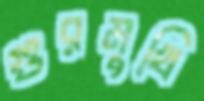
গুরমুখি